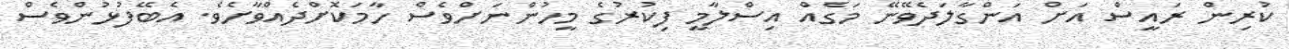
ކުރިން ރައީސް އަށް އަންގާލަދެވޭނޭ މަގެއް އިސްލާމީ ފިކުރުގެ މީހުންނަށްވެސް ހާމަކޮށްދެއްވާށެވެ. އެބޭފުޅުންވެސް